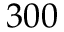
3 0 0